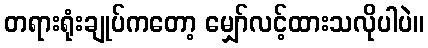
တရားရုံးချုပ်ကတော့ မျှော်လင့်ထားသလိုပါပဲ။